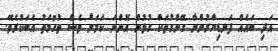
އަދި ބައެއް ފަނޑިޔާރުންނާ ގޭންގުތަކާ ގުޅުން އޮންނަ ކަމަށް ވެސް ތުހުމަތު އެބަކުރެވޭ.